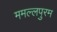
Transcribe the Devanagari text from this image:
ममल्लपुरम